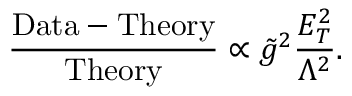
{ { { \frac { \mathrm { D a t a } - \mathrm { T h e o r y } } { \mathrm { T h e o r y } } } } } \propto \tilde { g } ^ { 2 } { \frac { { E _ { T } ^ { 2 } } } { \Lambda ^ { 2 } } } .